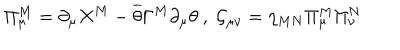
LaTeX: \Pi _ { \mu } ^ { M } = \partial _ { \mu } X ^ { M } - \overline { { { \theta } } } \Gamma ^ { M } \partial _ { \mu } \theta \ , \ \mathcal { G } _ { \mu \nu } = \eta _ { M N } \Pi _ { \mu } ^ { M } \Pi _ { \nu } ^ { N }